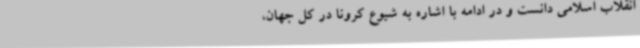
انقلاب اسلامی دانست و در ادامه با اشاره به شیوع کرونا در کل جهان،